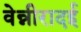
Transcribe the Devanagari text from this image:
वेन्नीरादई